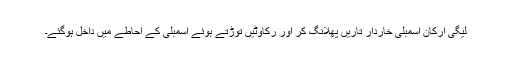
لیگی ارکان اسمبلی خاردار تاریں پھلانگ کر اور رکاوٹیں توڑتے ہوئے اسمبلی کے احاطے میں داخل ہوگئے۔